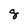
Character: 8